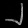
Digit: ၂